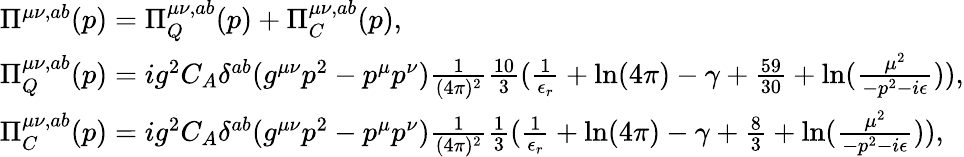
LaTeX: \begin{array}{l}{{\Pi^{\mu\nu,ab}(p)=\Pi_{Q}^{\mu\nu,ab}(p)+\Pi_{C}^{\mu\nu,ab}(p),}}\\ {{\Pi_{Q}^{\mu\nu,ab}(p)=ig^{2}C_{A}\delta^{ab}(g^{\mu\nu}p^{2}-p^{\mu}p^{\nu})\frac 1{(4\pi)^{2}}\frac{10}{3}(\frac 1{\epsilon_{r}}+\ln(4\pi)-\gamma+\frac{59}{30}+\ln(\frac{\mu^{2}}{-p^{2}-i\epsilon})),}}\\ {{\Pi_{C}^{\mu\nu,ab}(p)=ig^{2}C_{A}\delta^{ab}(g^{\mu\nu}p^{2}-p^{\mu}p^{\nu})\frac 1{(4\pi)^{2}}\frac{1}{3}(\frac 1{\epsilon_{r}}+\ln(4\pi)-\gamma+\frac{8}{3}+\ln(\frac{\mu^{2}}{-p^{2}-i\epsilon})),}}\end{array}